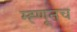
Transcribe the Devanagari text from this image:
म्ह्णूनच